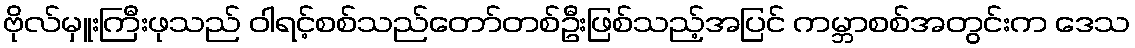
ဗိုလ်မှူးကြီးဖုသည် ဝါရင့်စစ်သည်တော်တစ်ဦးဖြစ်သည့်အပြင် ကမ္ဘာစစ်အတွင်းက ဒေသ